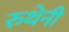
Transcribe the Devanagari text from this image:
रुथेनी